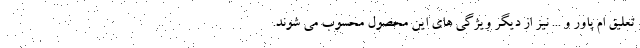
تعلیق ام پاور و ... نیز از دیگر ویژگی های این محصول محسوب می شوند.